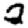
Digit: 2